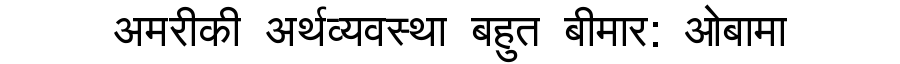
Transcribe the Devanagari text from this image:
अमरीकी अर्थव्यवस्था बहुत बीमार: ओबामा